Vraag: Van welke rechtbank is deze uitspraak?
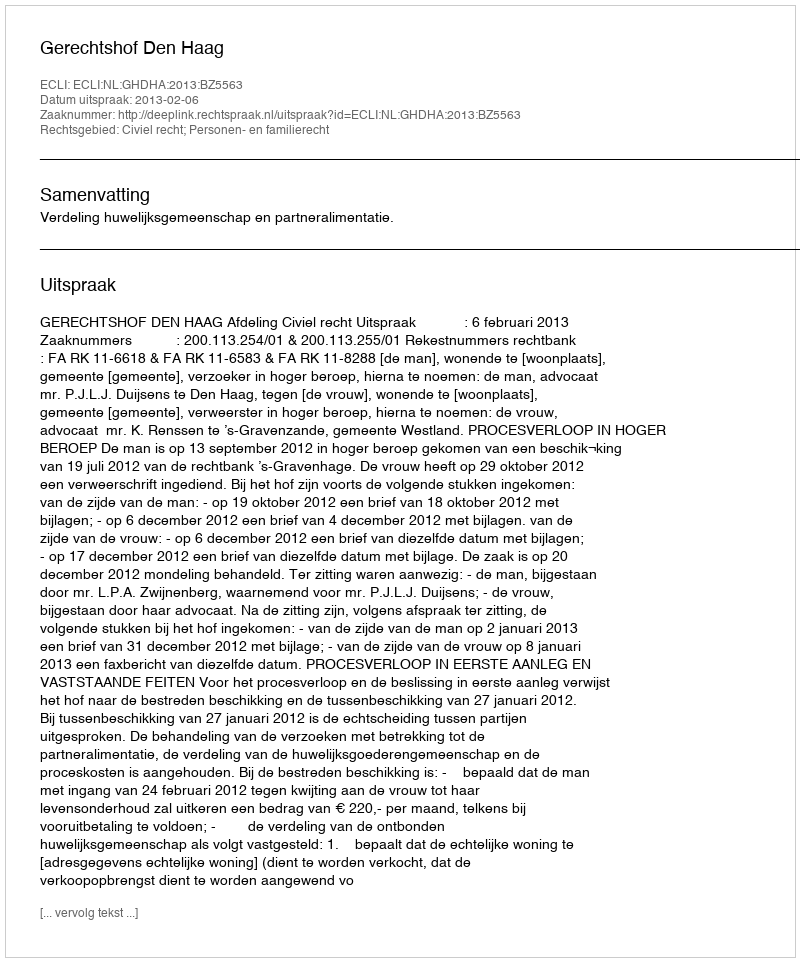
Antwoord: Gerechtshof Den Haag